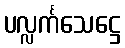
ပလ္လင်္ကသေဋ္ဌေ